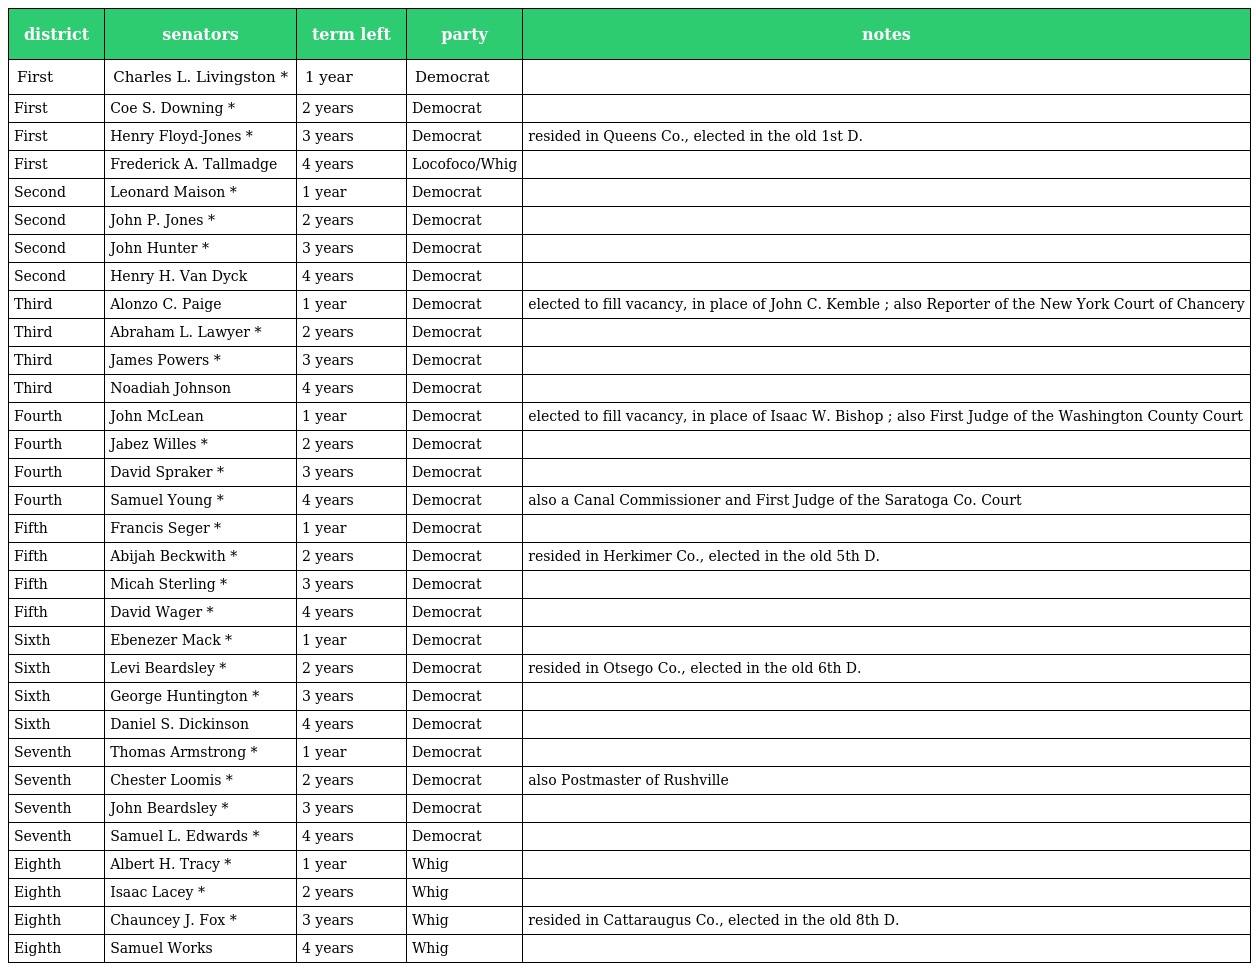
| district | senators | term left | party | notes |
 | --- | --- | --- | --- | --- |
 | First | Charles L. Livingston * | 1 year | Democrat |  |
 | First | Coe S. Downing * | 2 years | Democrat |  |
 | First | Henry Floyd-Jones * | 3 years | Democrat | resided in Queens Co., elected in the old 1st D. |
 | First | Frederick A. Tallmadge | 4 years | Locofoco/Whig |  |
 | Second | Leonard Maison * | 1 year | Democrat |  |
 | Second | John P. Jones * | 2 years | Democrat |  |
 | Second | John Hunter * | 3 years | Democrat |  |
 | Second | Henry H. Van Dyck | 4 years | Democrat |  |
 | Third | Alonzo C. Paige | 1 year | Democrat | elected to fill vacancy, in place of John C. Kemble ; also Reporter of the New York Court of Chancery |
 | Third | Abraham L. Lawyer * | 2 years | Democrat |  |
 | Third | James Powers * | 3 years | Democrat |  |
 | Third | Noadiah Johnson | 4 years | Democrat |  |
 | Fourth | John McLean | 1 year | Democrat | elected to fill vacancy, in place of Isaac W. Bishop ; also First Judge of the Washington County Court |
 | Fourth | Jabez Willes * | 2 years | Democrat |  |
 | Fourth | David Spraker * | 3 years | Democrat |  |
 | Fourth | Samuel Young * | 4 years | Democrat | also a Canal Commissioner and First Judge of the Saratoga Co. Court |
 | Fifth | Francis Seger * | 1 year | Democrat |  |
 | Fifth | Abijah Beckwith * | 2 years | Democrat | resided in Herkimer Co., elected in the old 5th D. |
 | Fifth | Micah Sterling * | 3 years | Democrat |  |
 | Fifth | David Wager * | 4 years | Democrat |  |
 | Sixth | Ebenezer Mack * | 1 year | Democrat |  |
 | Sixth | Levi Beardsley * | 2 years | Democrat | resided in Otsego Co., elected in the old 6th D. |
 | Sixth | George Huntington * | 3 years | Democrat |  |
 | Sixth | Daniel S. Dickinson | 4 years | Democrat |  |
 | Seventh | Thomas Armstrong * | 1 year | Democrat |  |
 | Seventh | Chester Loomis * | 2 years | Democrat | also Postmaster of Rushville |
 | Seventh | John Beardsley * | 3 years | Democrat |  |
 | Seventh | Samuel L. Edwards * | 4 years | Democrat |  |
 | Eighth | Albert H. Tracy * | 1 year | Whig |  |
 | Eighth | Isaac Lacey * | 2 years | Whig |  |
 | Eighth | Chauncey J. Fox * | 3 years | Whig | resided in Cattaraugus Co., elected in the old 8th D. |
 | Eighth | Samuel Works | 4 years | Whig |  |